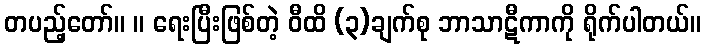
တပည့်တော်။ ။ ရေးပြီးဖြစ်တဲ့ ဝီထိ (၃)ချက်စု ဘာသာဋီကာကို ရိုက်ပါတယ်။